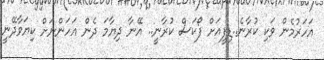
އަހަރުމެން ވަކި ކުރާނެ..ޑިފީއަށް ފޯކަސް ކުޜާނީ.. އޭނާ ދިޔާމަ ދެން އަހަންނަށް ކިޔަވާދޭނީ